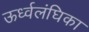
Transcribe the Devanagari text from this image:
ऊर्ध्वलंघिका